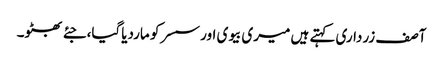
آصف زرداری کہتے ہیں میری بیوی اور سسر کو ماردیاگیا،جئے بھٹو۔